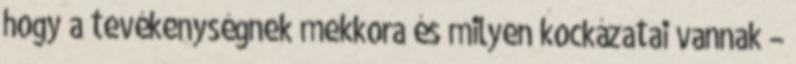
hogy a tevékenységnek mekkora és milyen kockázatai vannak –